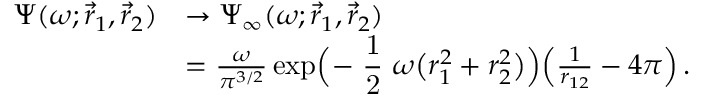
\begin{array} { r l } { \Psi ( \omega ; \vec { r } _ { 1 } , \vec { r } _ { 2 } ) } & { \to \Psi _ { \infty } ( \omega ; \vec { r } _ { 1 } , \vec { r } _ { 2 } ) } \\ & { = \frac { \omega } { \pi ^ { 3 / 2 } } \exp \Bigl ( - \mathrm { \small ~ \displaystyle \frac { 1 } { 2 } ~ } \omega \bigl ( r _ { 1 } ^ { 2 } + r _ { 2 } ^ { 2 } \bigr ) \Bigr ) \Bigl ( \frac { 1 } { r _ { 1 2 } } - 4 \pi \Bigr ) \, . } \end{array}